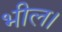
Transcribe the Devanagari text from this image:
भील।